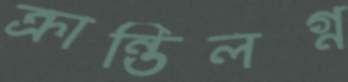
ক্রান্তিলগ্ন